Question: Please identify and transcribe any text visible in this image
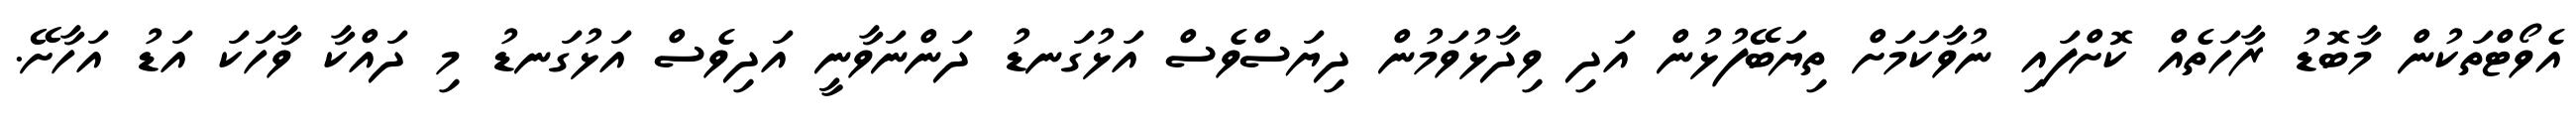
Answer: އެވޯޓްތަކުން މާބޮޑު ރާހަތެއް ކޮށްފައި ނުވާކަމަށް ތިޔަބޭފުޅުން އަދި ވިދާޅުވަމުން ދިޔަސްވެސް އަޅުގަނޑު ދަންނަވާނީ އަދިވެސް އަޅުގަނޑު މި ދައްކާ ވާހަކަ އަޑު އަހާށޭ.